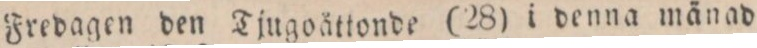
Fredagen den Tjugoåttonde (28) i denna mänad